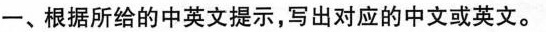
一、根据所给的中英文提示，写出对应的中文或英文。